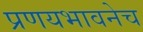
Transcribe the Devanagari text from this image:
प्रणयभावनेच